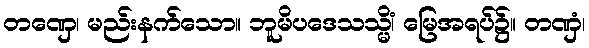
တဏှေ၊ မည်းနက်သော။ ဘူမိပဒေသသ္မိံ၊ မြေအရပ်၌။ တဏှံ၊